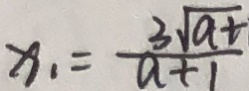
x _ { 1 } = \frac { 3 \sqrt { a t } } { a + 1 }